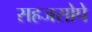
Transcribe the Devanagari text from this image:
सहजसोपे